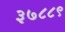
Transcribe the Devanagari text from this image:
३७८८९